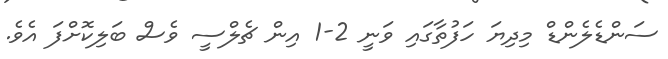
ސަންޑެލެންޑް މިދިޔަ ހަފުތާގައި ވަނީ 2-1 އިން ޗެލްސީ ވެސް ބަލިކޮށްފަ އެވެ.